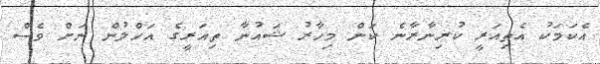
އެކަމަކު އެތިއަރީ ކުރިނާރާނެ ކަން މިހާރު ޝައުނާ ތިއަރީގެ އަހްލުން ނަށް ވެސް